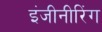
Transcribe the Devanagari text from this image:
इंजीनीरिंग